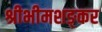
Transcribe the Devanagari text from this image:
श्रीभीमशङ्कर